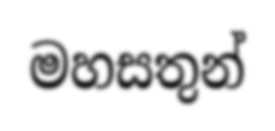
මහසතුන්